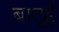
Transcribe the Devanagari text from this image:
बालूई